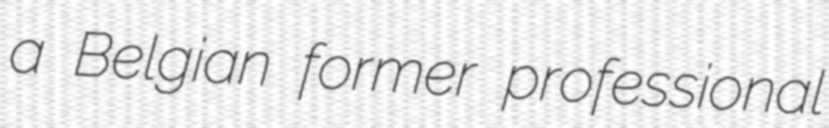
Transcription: a Belgian former professional